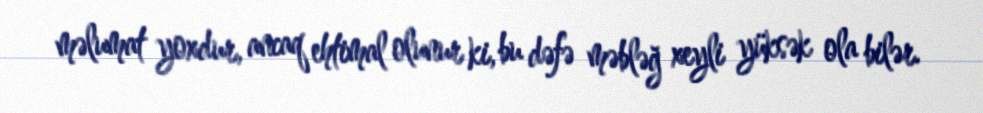
məlumat yoxdur, ancaq ehtimal olunur ki, bu dəfə məbləğ xeyli yüksək ola bilər.